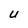
Character: u